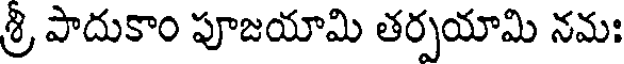
శ్రీ పాదుకాం పూజయామి తర్పయామి నమః